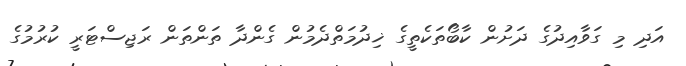
އަދި މި ގަވާއިދުގެ ދަށުން ކާބޯތަކެތީގެ ޚިދުމަތްދެމުން ގެންދާ ތަންތަން ރަޖިސްޓަރީ ކުރުމުގެ